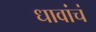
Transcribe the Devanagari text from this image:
धावांचं